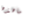
ماهذه